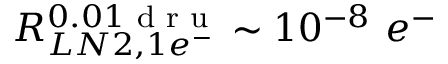
R _ { L N 2 , 1 e ^ { - } } ^ { 0 . 0 1 \textrm { d r u } } \sim 1 0 ^ { - 8 } ~ e ^ { - }